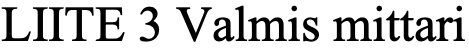
LIITE 3 Valmis mittari